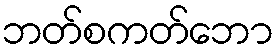
ဘတ်စကတ်ဘော